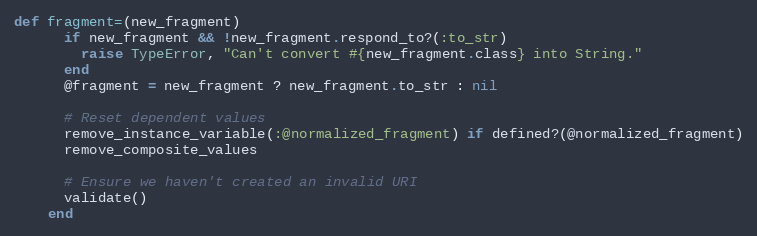
Language: Ruby
def fragment=(new_fragment)
      if new_fragment && !new_fragment.respond_to?(:to_str)
        raise TypeError, "Can't convert #{new_fragment.class} into String."
      end
      @fragment = new_fragment ? new_fragment.to_str : nil

      # Reset dependent values
      remove_instance_variable(:@normalized_fragment) if defined?(@normalized_fragment)
      remove_composite_values

      # Ensure we haven't created an invalid URI
      validate()
    end